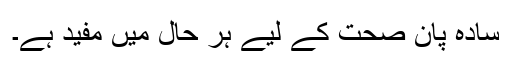
سادہ پان صحت کے لیے ہر حال میں مفید ہے۔